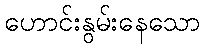
ဟောင်းနွမ်းနေသော